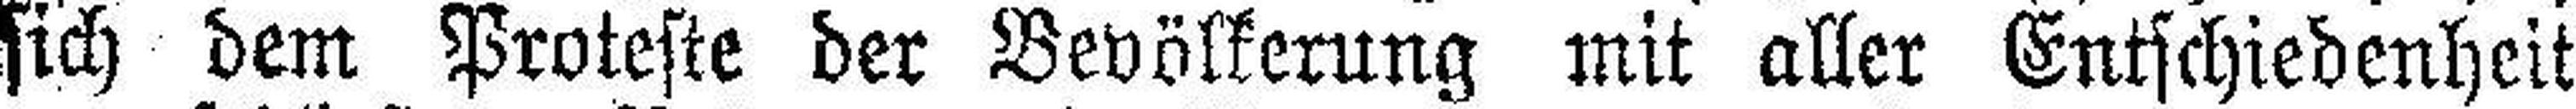
sich dem Proteste der Bevölkerung mit aller Entschiedenheit